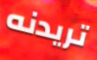
تريدنه